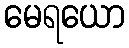
မေရယော